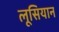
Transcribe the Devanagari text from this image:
लूसियान